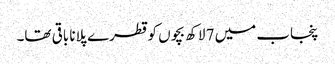
پنجاب میں 7 لاکھ بچوں کو قطرے پلانا باقی تھا۔